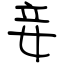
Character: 妾